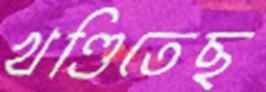
খণ্ডিতেছ